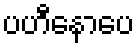
ပဟီနောပေ